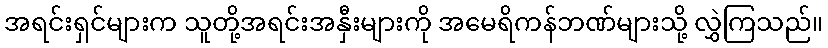
အရင်းရှင်များက သူတို့အရင်းအနှီးများကို အမေရိကန်ဘဏ်များသို့ လွှဲကြသည်။